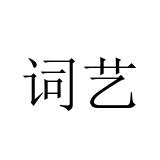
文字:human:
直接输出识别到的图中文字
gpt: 词艺